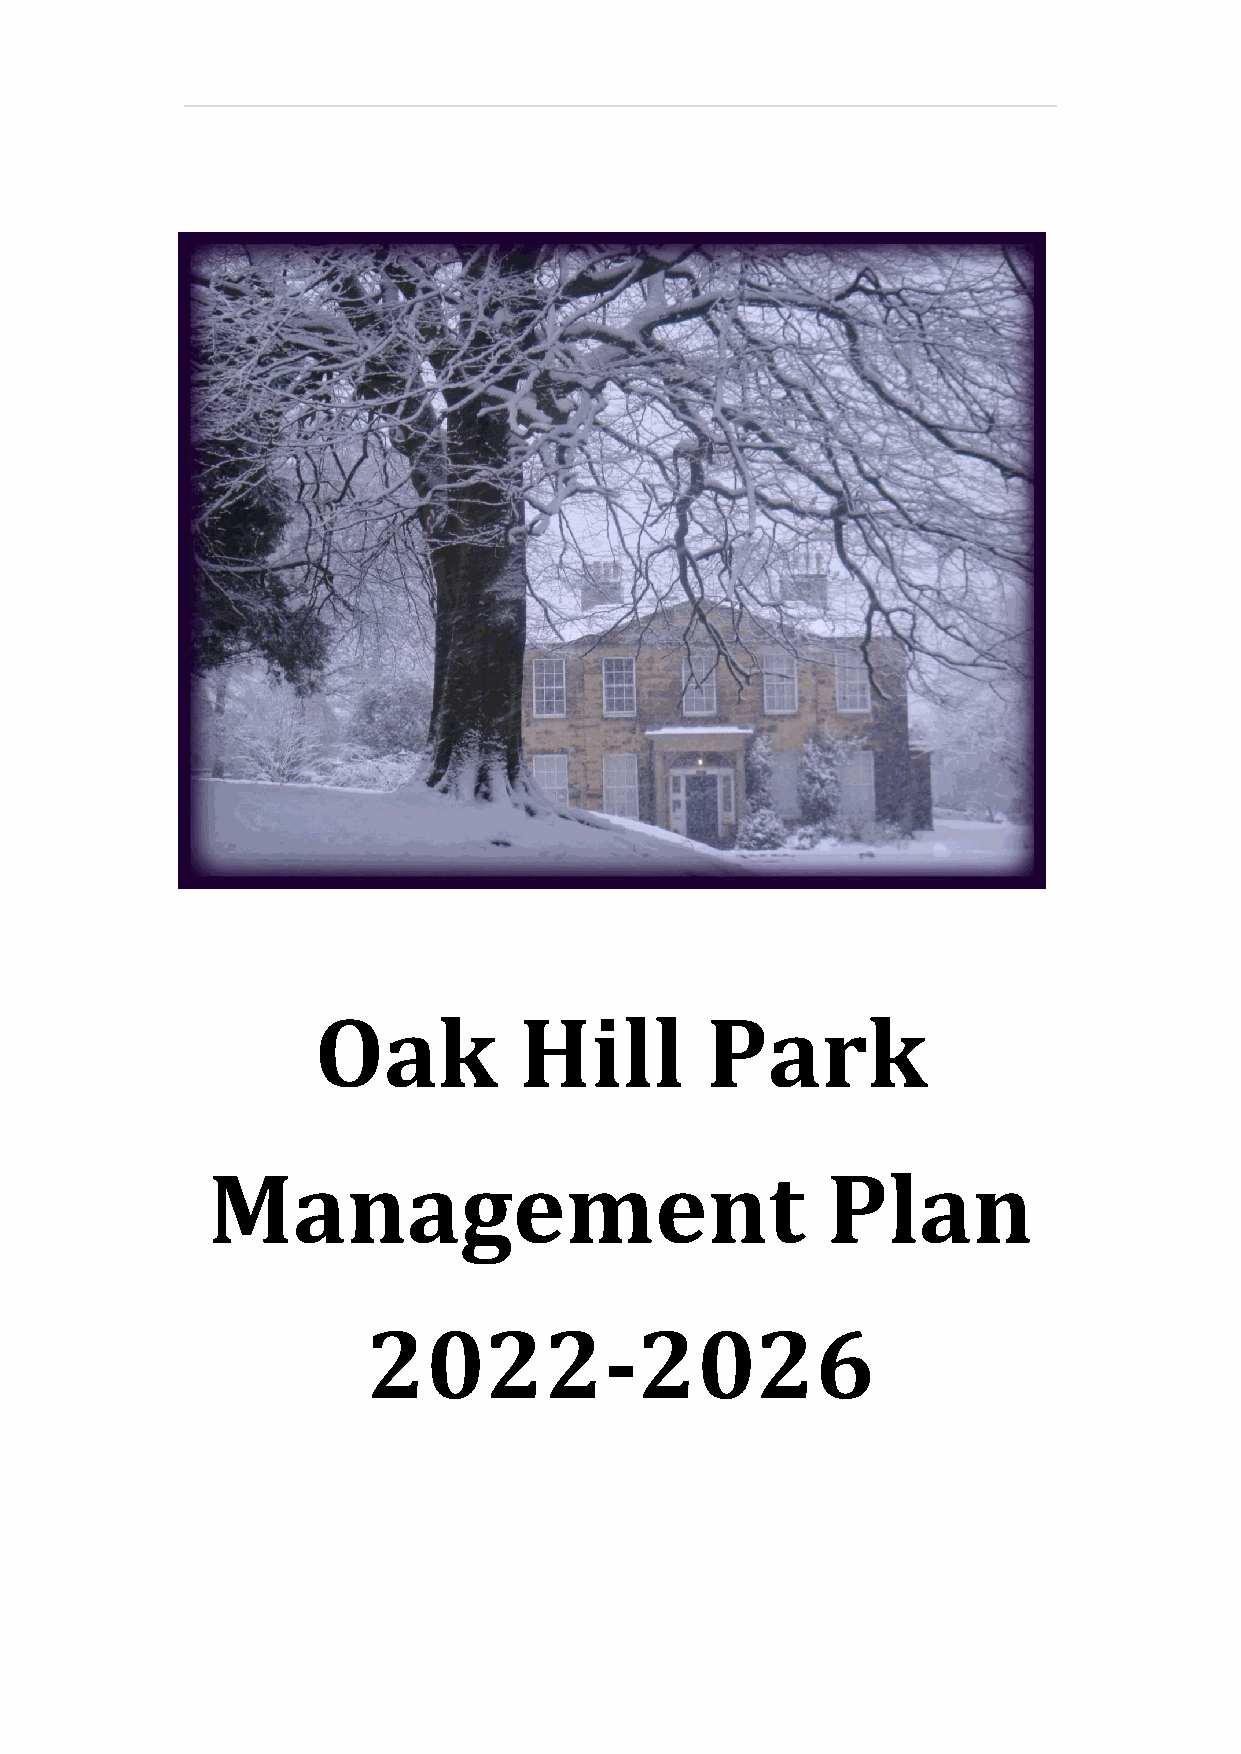
Oak          Hill         Park
 Management                               Plan
 2022-2026